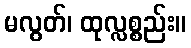
မလွတ်၊ ထုလ္လစ္စည်း။